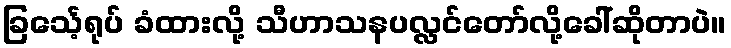
ခြင်္သေ့ရုပ် ခံထားလို့ သီဟာသနပလ္လင်တော်လို့ခေါ်ဆိုတာပဲ။